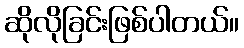
ဆိုလိုခြင်းဖြစ်ပါတယ်။